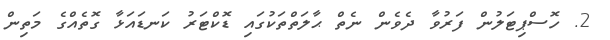
2. ހޮސްޕިޓަލުން ފަރުވާ ދެވެން ނެތް ޙާލަތްތަކުގައި ޑޮކްޓަރު ކަނޑައަޅާ ގޮތެއްގެ މަތިން